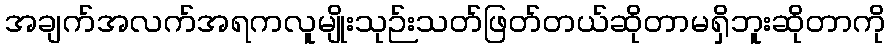
အချက်အလက်အရကလူမျိုးသုဉ်းသတ်ဖြတ်တယ်ဆိုတာမရှိဘူးဆိုတာကို